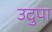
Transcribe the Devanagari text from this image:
उदुपा